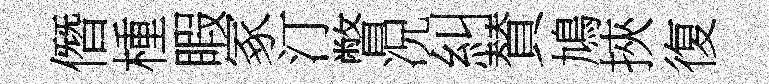
僭㮔睱冢汀瞥况糾賛鳩挾復